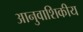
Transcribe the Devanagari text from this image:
आनुवाशिकीय